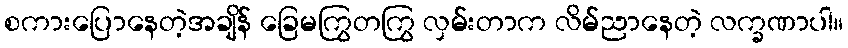
စကားပြောနေတဲ့အချိန် ခြေမကြွတကြွ လှမ်းတာက လိမ်ညာနေတဲ့ လက္ခဏာပါ။